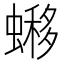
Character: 𧐹